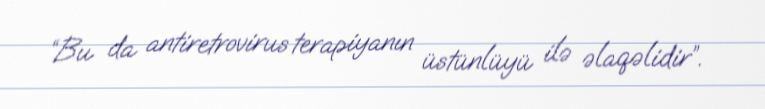
“Bu da antiretrovirus terapiyanın üstünlüyü ilə əlaqəlidir”.